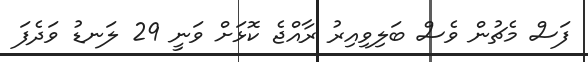
ފަސް މެޗުން ވެސް ބަލިވިއިރު ރާއްޖެ ކޮޅަށް ވަނީ 29 ލަނޑު ވަދެފަ